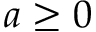
a \ge 0